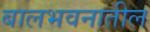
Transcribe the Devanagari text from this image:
बालभवनातील